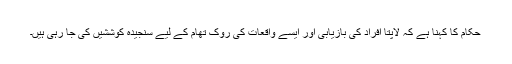
حکام کا کہنا ہے کہ لاپتا افراد کی بازیابی اور ایسے واقعات کی روک تھام کے لیے سنجیدہ کوششیں کی جا رہی ہیں۔